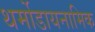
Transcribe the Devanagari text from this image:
थर्मोडायनामिक